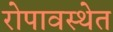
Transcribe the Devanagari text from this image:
रोपावस्थेत